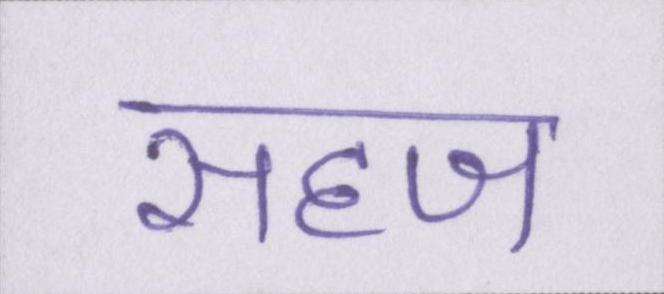
सहज